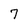
Character: 7